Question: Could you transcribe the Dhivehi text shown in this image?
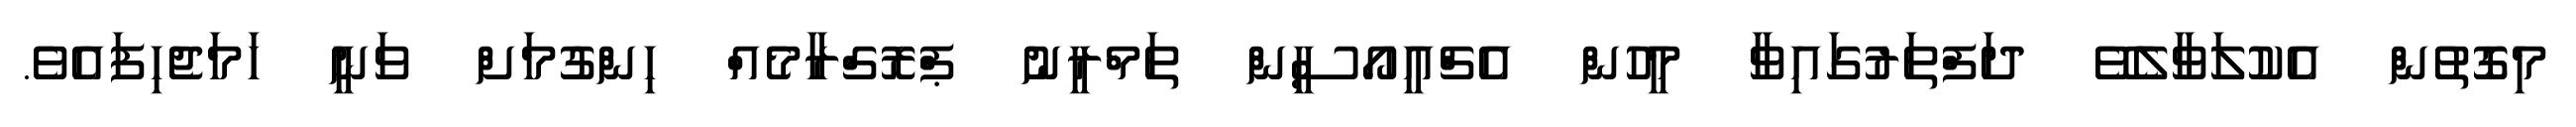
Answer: މިގޮތުން އެކުލަވާލެވޭ ދަފްތަރުގައިވާ މީހުން އެޗްއީއޯސީން ތަމްރީނު ޕްރޮގްރާމެއް ހިންގުމަށް ވަނީ ހަމަޖެހިފައެވެ.